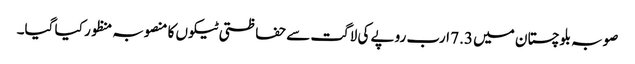
صوبہ بلوچستان میں 7.3 ارب روپے کی لاگت سے حفاظتی ٹیکوں کا منصوبہ منظور کیا گیا۔